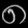
Digit: ၈